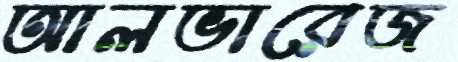
আলভারেজ